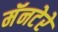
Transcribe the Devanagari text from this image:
मॅनटेरे